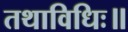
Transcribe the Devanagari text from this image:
तथाविधिः॥